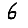
Digit: 6